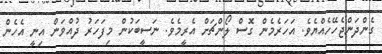
ގެންދަންޖެހޭހެއްޔެވެ. އަހަރެމެން ގޮސް ލޯންޗަށް އެރީމެވެ. ނަސީބަކުން މިފަހަރު ދުއްވަން އިނީ އެހެން